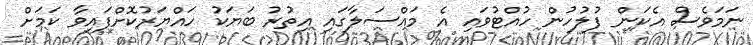
ނަމަވެސް އެކަން ފުލުހުން ހުއްޓުވައި އެ މައްސަލާގައި އިތުރު ބަޔަކު ހައްޔަރުކޮށްފައިވާ ކަމަށް